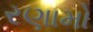
રણામો